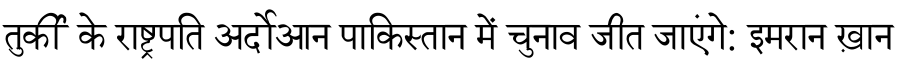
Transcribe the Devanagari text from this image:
तुर्की के राष्ट्रपति अर्दोआन पाकिस्तान में चुनाव जीत जाएंगे: इमरान ख़ान